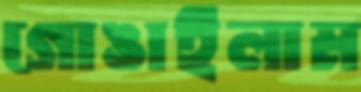
গোঙাইলাম